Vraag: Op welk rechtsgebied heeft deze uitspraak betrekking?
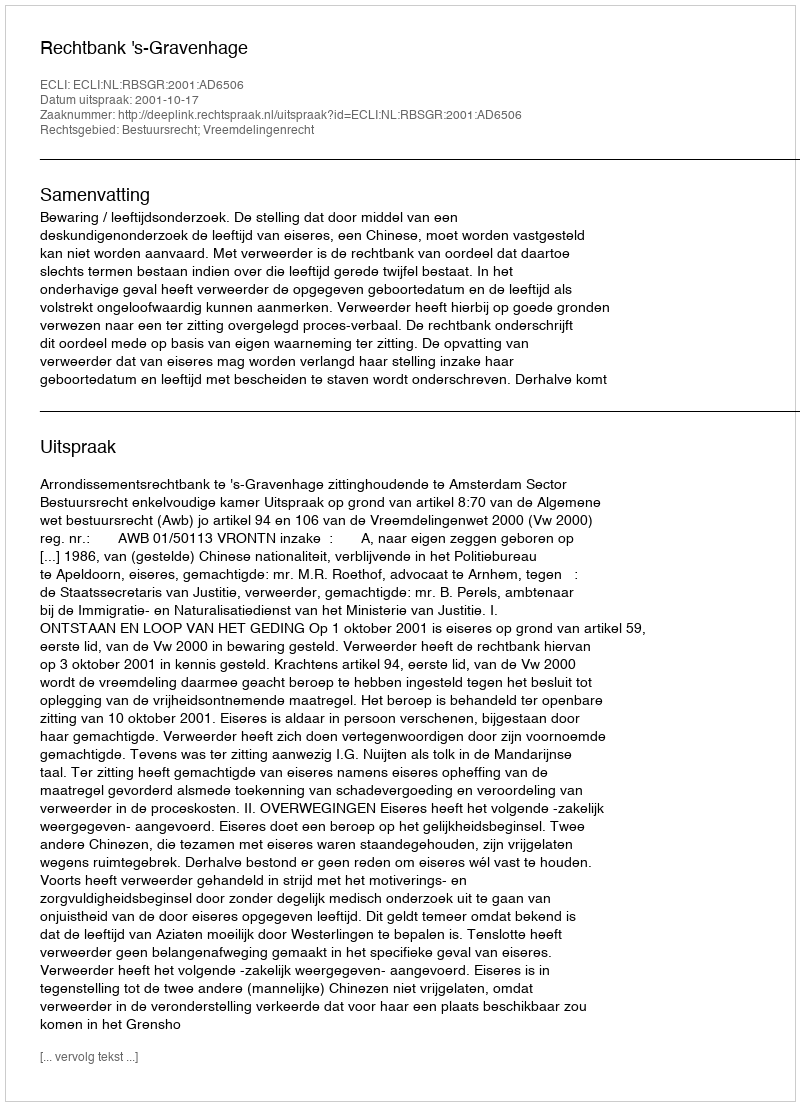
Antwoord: Bestuursrecht; Vreemdelingenrecht